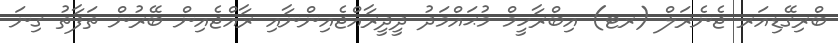
ބްރިގޭޑިއަރ ޖެނެރަލް (ރޓ) އިބްރާހީމް މުޙައްމަދު ދީދީރާއްޖެއިންނާއި ރާއްޖެއިން ބޭރުން ތަފާތު ގިނަ